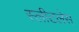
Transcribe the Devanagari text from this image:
स्लीटलेस